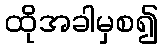
ထိုအခါမှစ၍